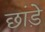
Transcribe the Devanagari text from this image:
छांड़े